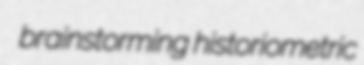
brainstorming historiometric